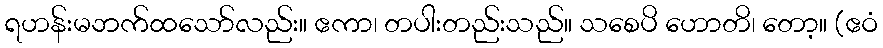
ရဟန်းမဘက်ထသော်လည်း။ ဧကာ၊ တပါးတည်းသည်။ သစေပိ ဟောတိ၊ တော့။ (ဧဝံ